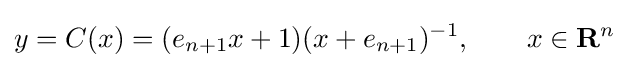
y=C(x)=(e_{n+1}x+1)(x+e_{n+1})^{-1},\qquad x\in \mathbf {R} ^{n}